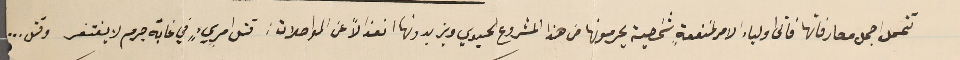
تتحمل اجمل مصارفاتها فأتى اولياء الامر لمنفعةٍ شخصية يحرمونها من هذا المشروع الحيوي ويزيدونها انعزالاً عن المواصلات: قتل امريءٍ في غابة جرم لا يغتفر وقتل..